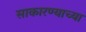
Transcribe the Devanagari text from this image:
साकारण्याच्या